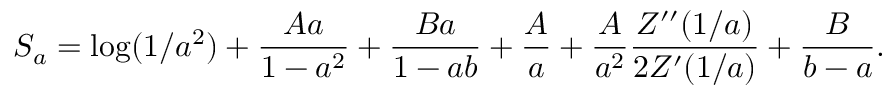
S _ { a } = \log ( 1 / a ^ { 2 } ) + { \frac { A a } { 1 - a ^ { 2 } } } + { \frac { B a } { 1 - a b } } + { \frac { A } { a } } + { \frac { A } { a ^ { 2 } } } { \frac { Z ^ { \prime \prime } ( 1 / a ) } { 2 Z ^ { \prime } ( 1 / a ) } } + { \frac { B } { b - a } } .